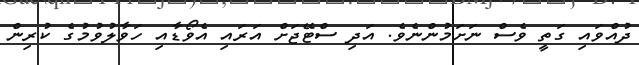
ދުއްވައި ގަތީ ވެސް ނަށަމުންނެވެ. އަދި ސްޓޭޖަށް އަރައި އެވޯޑާއި ހަވާލުވުމުގެ ކުރިން